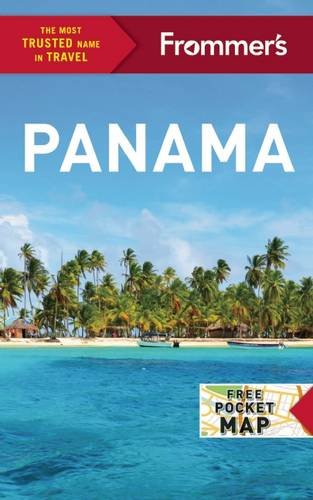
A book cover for Frommer's Panama (Complete Guide); Nicholas Gill; Travel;